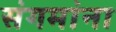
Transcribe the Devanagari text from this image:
संगमांना